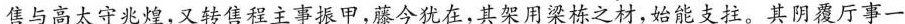
售与高太守兆煌，又转售程主事振甲，藤今犹在，其架用梁栋之材，始能支拄。其阴覆厅事一